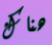
هناك